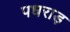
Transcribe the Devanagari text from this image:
पधराड़